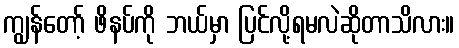
ကျွန်တော့် ဖိနပ်ကို ဘယ်မှာ ပြင်လို့ရမလဲဆိုတာသိလား။